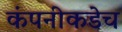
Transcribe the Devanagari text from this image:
कंपनीकडेच